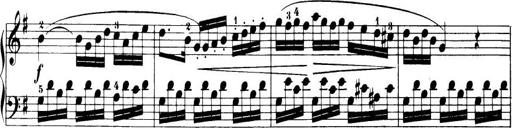
Title: 32 Sonatinas and Rondos for the Piano
Composer: Richard Kleinmichel